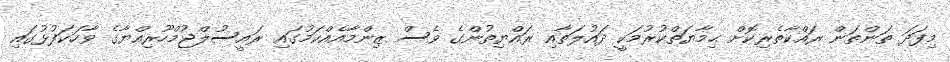
މިފަދަ ތަންތަން ރައްކާތެރިކޮށް ޙިމާޔަތްކުރުމަކީ ދައުލަތާއި ރައްޔިތުންގެ ވެސް ޒިންމާއެއްކަމުގައި ރައީސުލްޖުމްހޫރިއްޔާގެ ވާހަކަފުޅުގައި